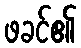
ဖခင်၏